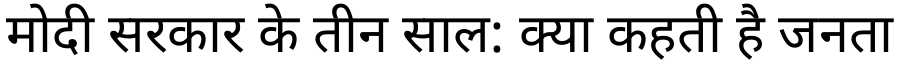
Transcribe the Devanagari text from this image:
मोदी सरकार के तीन साल: क्या कहती है जनता